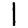
Digit: 1